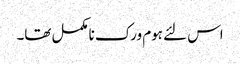
اس لئے ہوم ورک نامکمل تھا۔